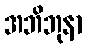
အဘိဘုနာ